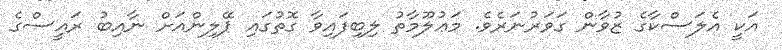
އަކީ އެލަސްކާގެ ޒުވާން ގަވަރުނަރެވެ. މަޢުލޫމާތު ލިބިފައިވާ ގޮތުގައި ޕޭލިންއަށް ނާއިބު ރައީސްގެ